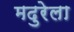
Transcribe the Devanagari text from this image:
मदुरेला